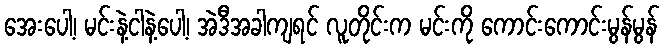
အေးပေါ့၊ မင်းနဲ့ငါနဲ့ပေါ့၊ အဲဒီအခါကျရင် လူတိုင်းက မင်းကို ကောင်းကောင်းမွန်မွန်